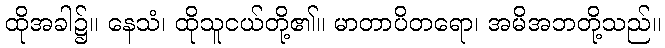
ထိုအခါ၌။ နေသံ၊ ထိုသူငယ်တို့၏။ မာတာပိတရော၊ အမိအဘတို့သည်။